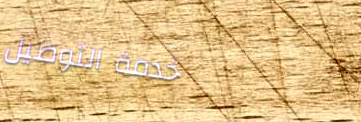
خدمة التوصيل